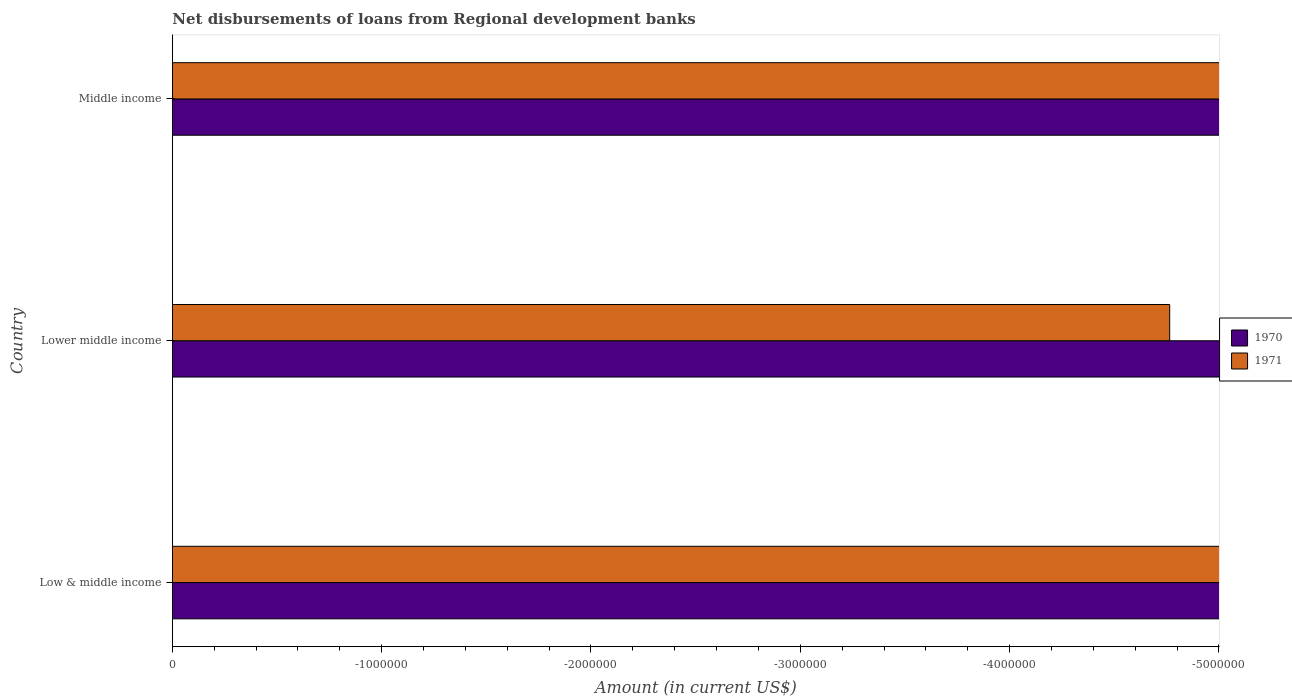
| Country | 1970 | 1971 |
 | --- | --- | --- |
 | Low & middle income | -2.02e+08 | -1.57e+07 |
 | Lower middle income | -2.02e+08 | -4.76e+06 |
 | Middle income | -2.02e+08 | -1.22e+07 |